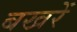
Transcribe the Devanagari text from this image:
बखरें